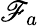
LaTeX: \mathscr{F}_{a}